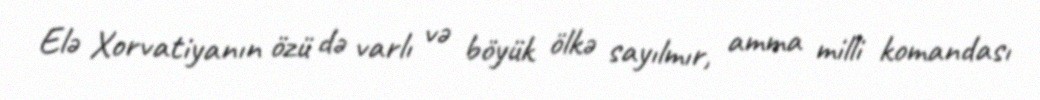
Elə Xorvatiyanın özü də varlı və böyük ölkə sayılmır, amma milli komandası